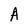
Character: A